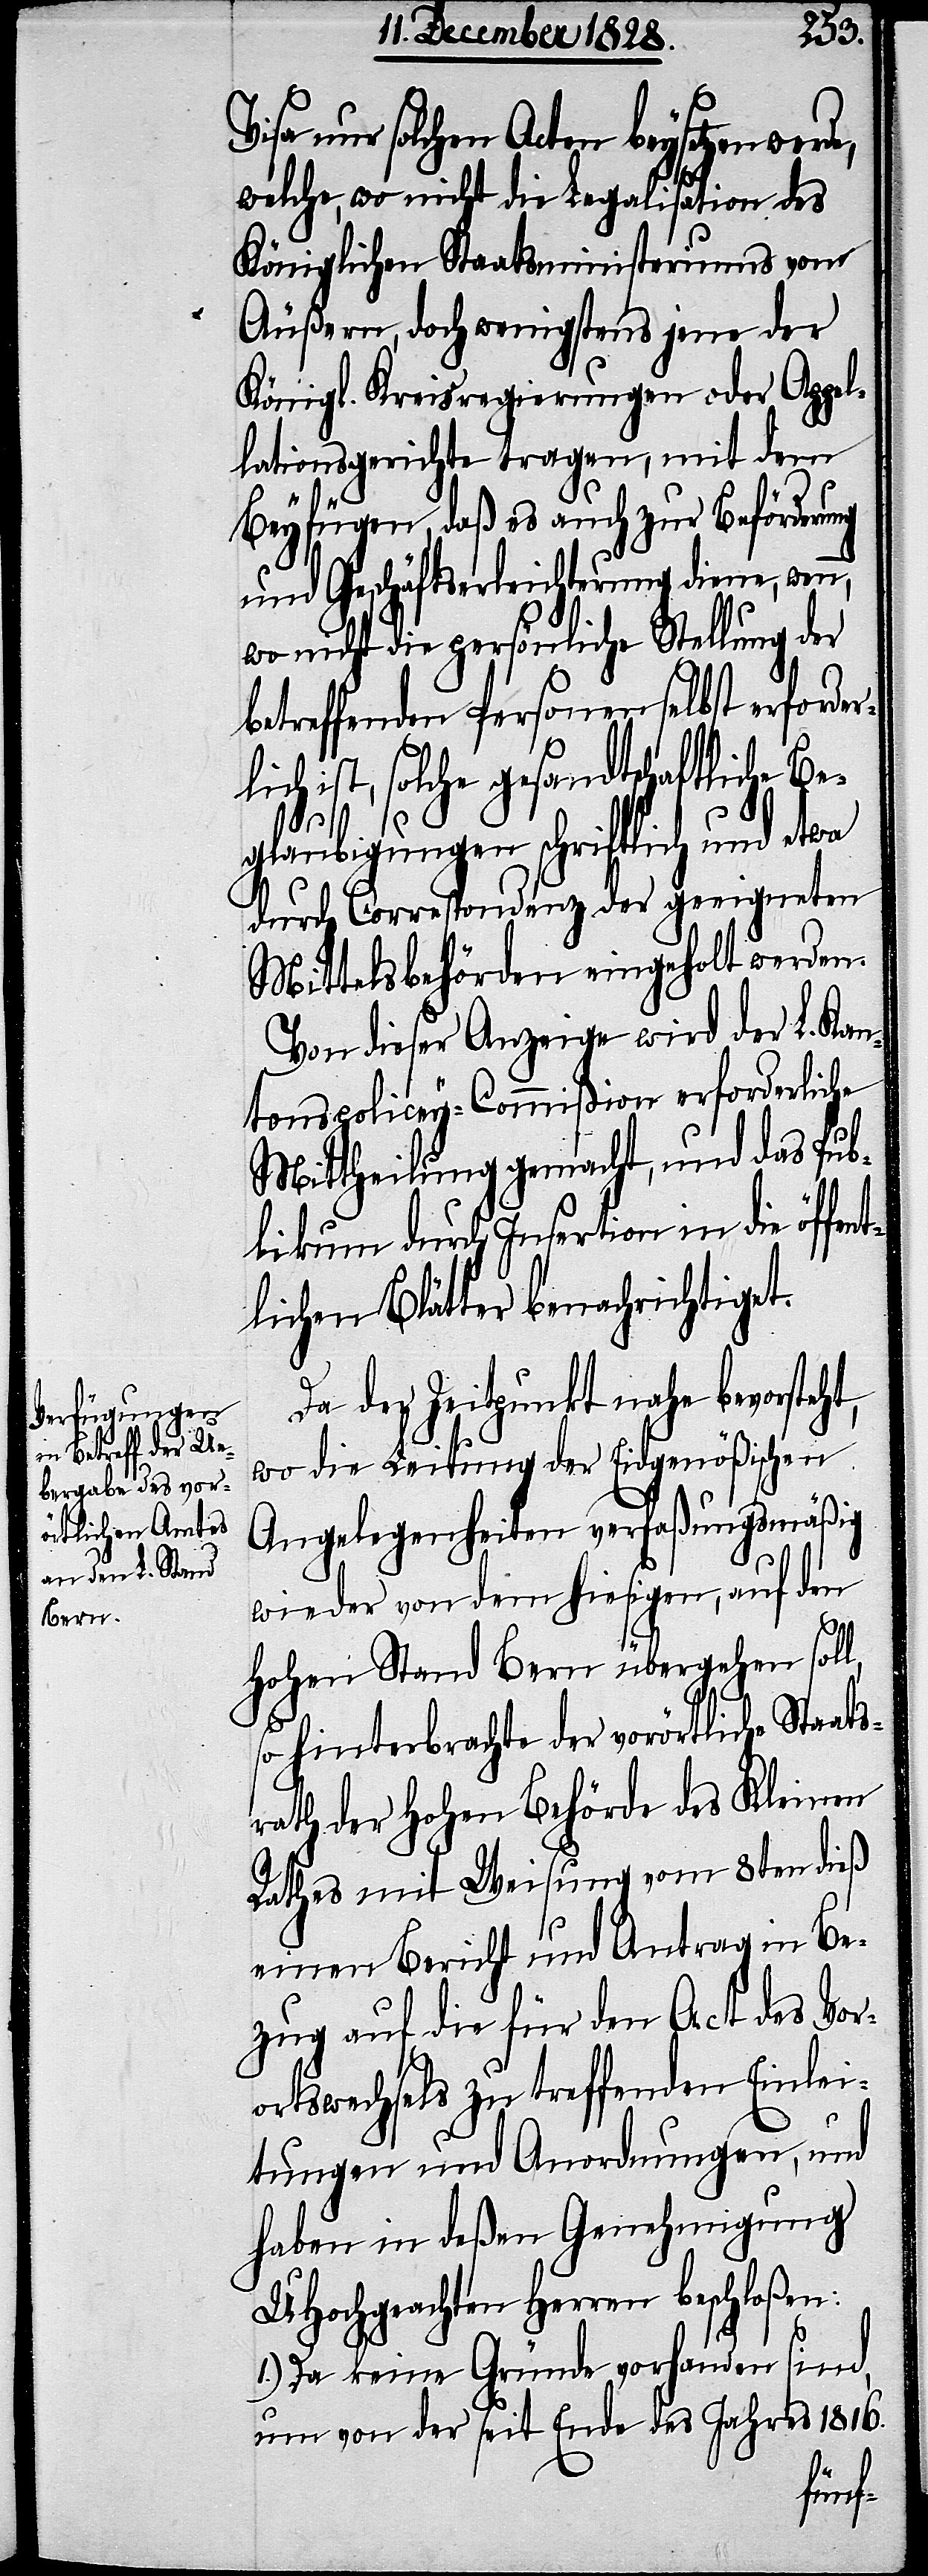
nur solchen Acten beysetzen werd¬
welche, wo nicht die Legalisation des
Königlichen Staatsministeriums vom
Äußern, doch wenigstens jene der
Königl. Kreisregierungen oder Appel¬
lationsgerichte tragen, mit dem
Beyfügen, daß es auch zur Beförderung
und Geschäftserleichterung diene, wenn,
wo nicht die persönliche Stellung der
betreffenden Personen selbst erforder¬
lich ist, solche gesandtschaftliche Be¬
glaubigungen schriftlich und etwa
durch Correspondenz der geeigneten
Mittelsbehörden eingeholt werden.
Von dieser Anzeige wird der L. Kan¬
tonspolicey-Commißion erforderliche
Mittheilung gemacht, und das Pub¬
likum durch Insertion in die öffen¬
tlichen Blätter benachrichtiget.
Da der Zeitpunkt nahe bevorsteht,
wo die Leitung der Eidgenößischen
Angelegenheiten verfaßungsmäßig
wieder von dem hiesigen, auf den
Hohen Stand Bern übergehen soll,
so hinterbrachte der vorörtliche Staat¬
srath der Hohen Behörde des Kleinen
Rathes mit Weisung vom 8ten dieß
einen Bericht und Antrag in Be¬
zug auf die für den Act des Vor¬
ortswechsels zu treffenden Einlei¬
tungen und Anordnungen, und
haben in deßen Genehmigung
UHochgeachten Herren beschloßen:
e,
1.) Da keine Gründe vorhanden sind,
um von der seit Ende des Jahres 1816.